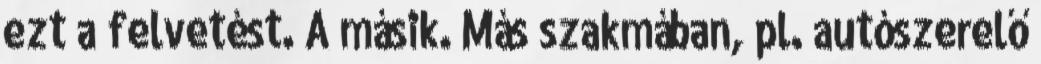
ezt a felvetést. A másik. Más szakmában, pl. autószerelő